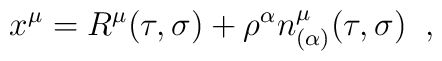
x^{\mu}=R^{\mu}(\tau,\sigma)+\rho^{\alpha}n^{\mu}_{(\alpha)}(\tau,\sigma)                                                                       \;\;,